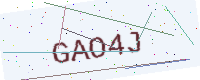
Text: GAO4J